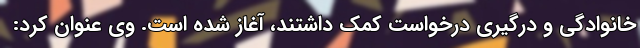
خانوادگی و درگیری درخواست کمک داشتند، آغاز شده است. وی عنوان کرد: